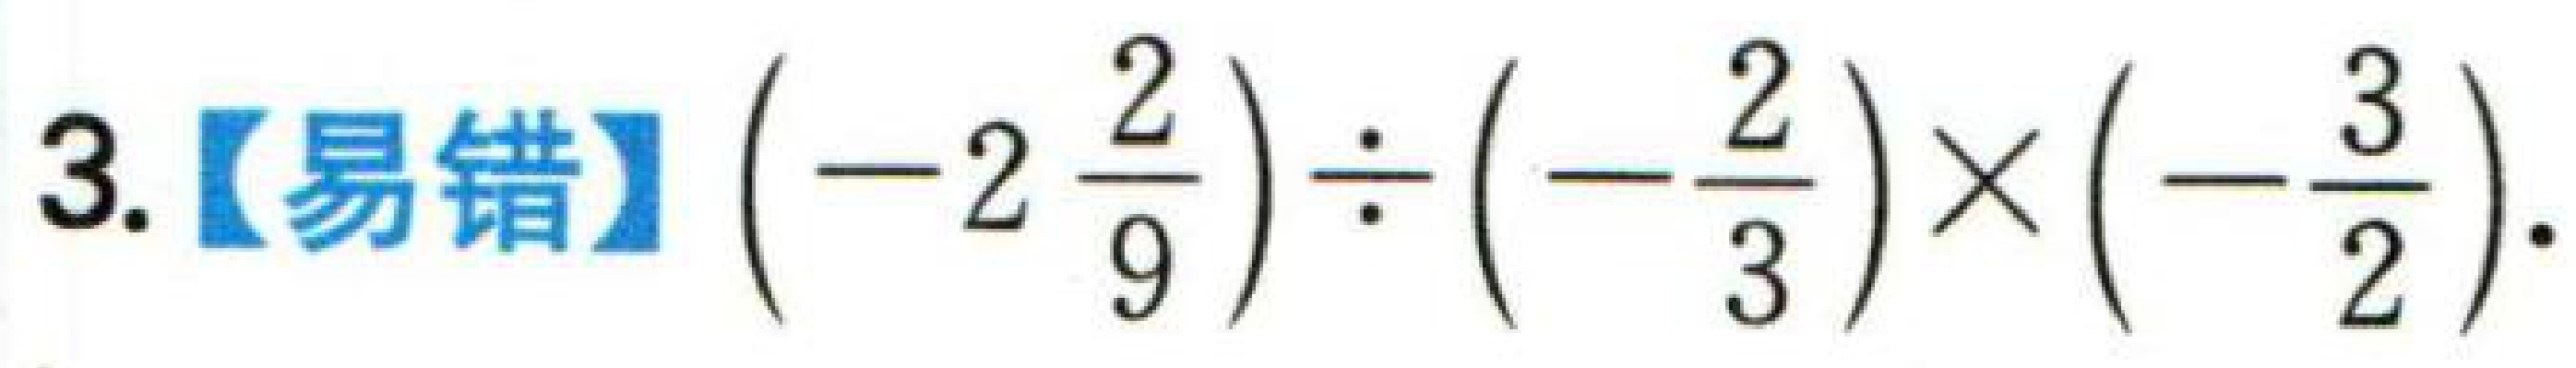
3.【易错】\(\left(-2\frac{2}{9}\right)\div\left(-\frac{2}{3}\right)\times\left(-\frac{3}{2}\right)\).